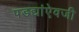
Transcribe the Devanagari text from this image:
पडद्यांऐवजी